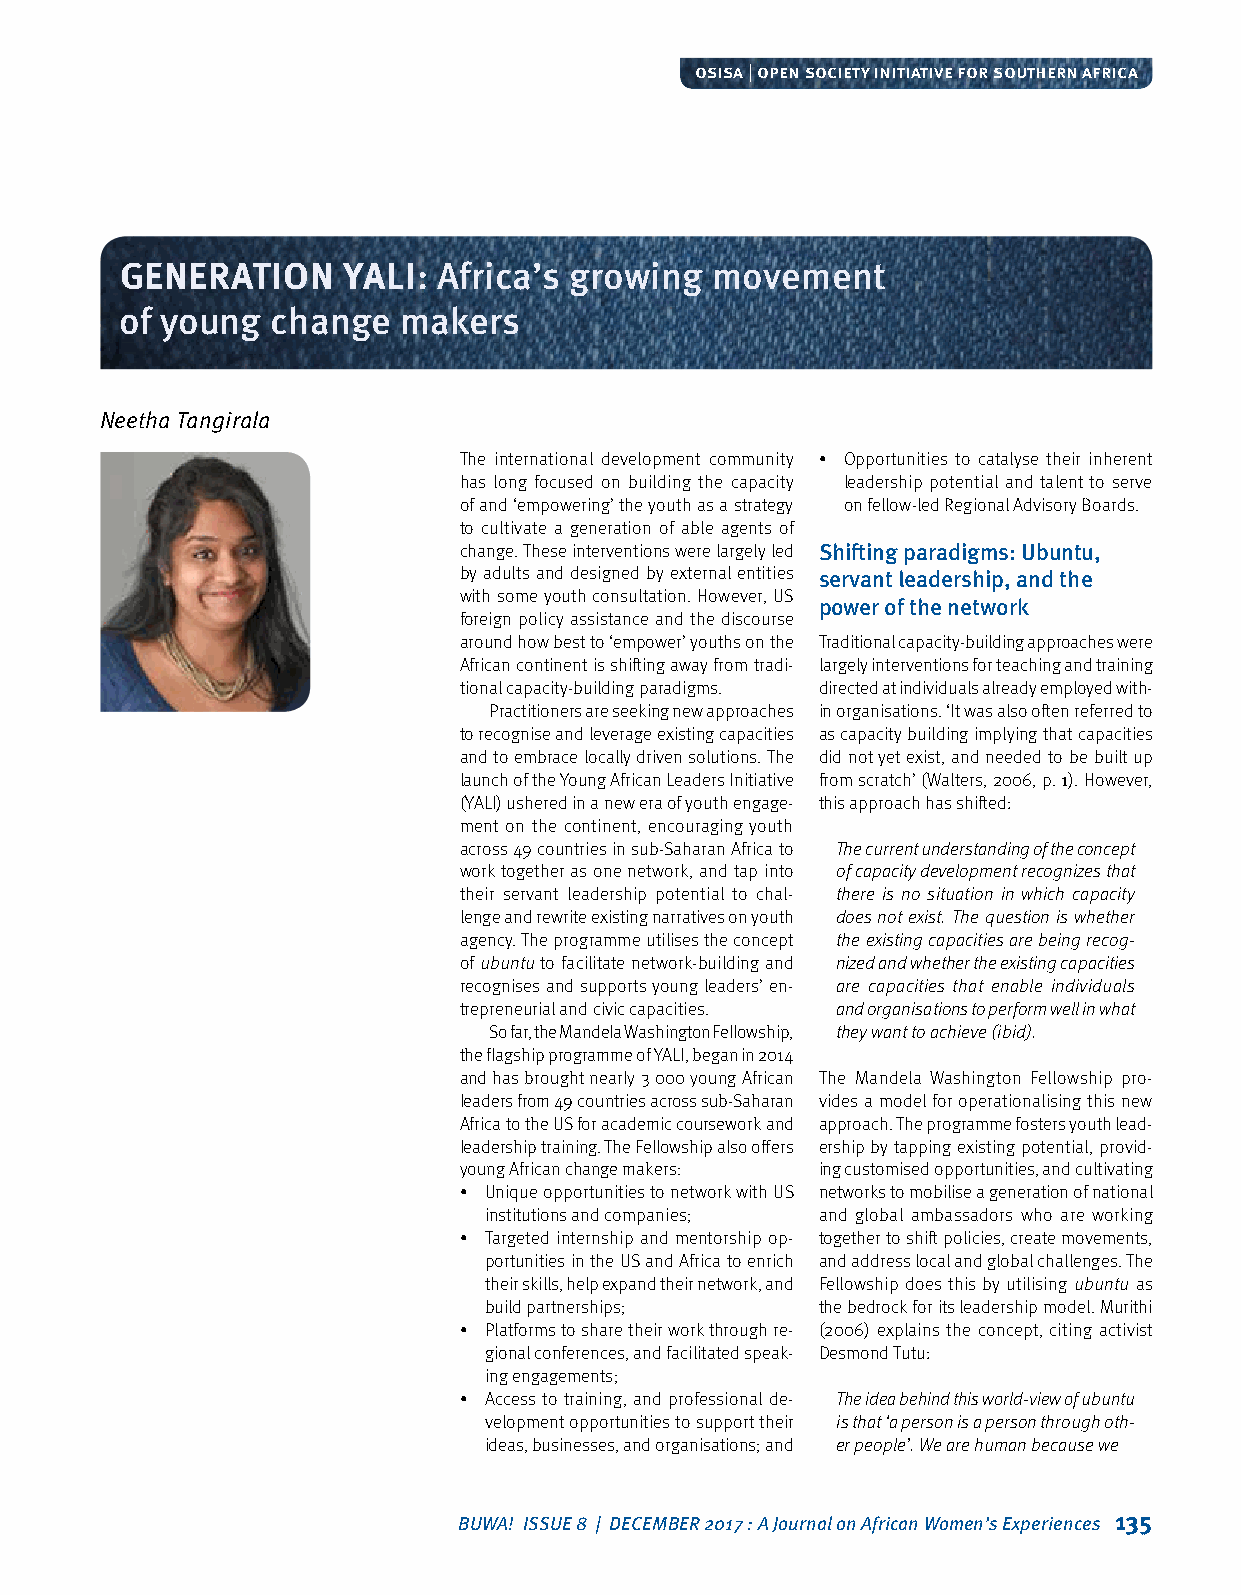
osisa | open society initiative for southern africa
 GENERATION     YALI: Africa’s growing  movement
 of young  change  makers
 Neetha Tangirala
 The international development community • Opportunities to catalyse their inherent
 has long focused on building the capacity leadership potential and talent to serve
 of and ‘empowering’ the youth as a strategy on fellow‑led Regional Advisory Boards.
 to cultivate a generation of able agents of
 change. These interventions were largely led Shifting paradigms: Ubuntu,
 by adults and designed by external entities servant leadership, and the
 with some youth consultation. However, US
 power of the network
 foreign policy assistance and the discourse
 around how best to ‘empower’ youths on the Traditional capacity‑building approaches were
 African continent is shifting away from tradi‑ largely interventions for teaching and training
 tional capacity‑building paradigms. directed at individuals already employed with‑
 Practitioners are seeking new approaches in organisations. ‘It was also often referred to
 to recognise and leverage existing capacities as capacity building implying that capacities
 and to embrace locally driven solutions. The did not yet exist, and needed to be built up
 launch of the Young African Leaders Initiative from scratch’ (Walters, 2006, p. 1). However,
 (YALI) ushered in a new era of youth engage‑ this approach has shifted:
 ment on the continent, encouraging youth
 across 49 countries in sub‑Saharan Africa to The current understanding of the concept
 work together as one network, and tap into of capacity development recognizes that
 their servant leadership potential to chal‑ there is no situation in which capacity
 lenge and rewrite existing narratives on youth does not exist. The question is whether
 agency. The programme utilises the concept the existing capacities are being recog-
 of ubuntu to facilitate network‑building and nized and whether the existing capacities
 recognises and supports young leaders’ en‑ are capacities that enable individuals
 trepreneurial and civic capacities. and organisations to perform well in what
 So far, the Mandela Washington Fellowship, they want to achieve (ibid).
 the flagship programme of YALI, began in 2014
 and has brought nearly 3 000 young African The Mandela Washington Fellowship pro‑
 leaders from 49 countries across sub‑Saharan vides a model for operationalising this new
 Africa to the US for academic coursework and approach. The programme fosters youth lead‑
 leadership training. The Fellowship also offers ership by tapping existing potential, provid‑
 young African change makers: ing customised opportunities, and cultivating
 • Unique opportunities to network with US networks to mobilise a generation of national
 institutions and companies; and global ambassadors who are working
 • Targeted internship and mentorship op‑ together to shift policies, create movements,
 portunities in the US and Africa to enrich and address local and global challenges. The
 their skills, help expand their network, and Fellowship does this by utilising ubuntu as
 build partnerships;   the bedrock for its leadership model. Murithi
 • Platforms to share their work through re‑ (2006) explains the concept, citing activist
 gional conferences, and facilitated speak‑ Desmond Tutu:
 ing engagements;
 • Access to training, and professional de‑ The idea behind this world-view of ubuntu
 velopment opportunities to support their is that ‘a person is a person through oth-
 ideas, businesses, and organisations; and er people’. We are human because we
 BUWA! ISSUE 8 | DECEMBER 2017 : A Journal on African Women’s Experiences 135